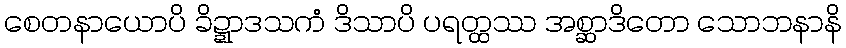
စေတနာယောပိ ခိဍ္ဍာဒသကံ ဒိသာပိ ပရတ္ထဿ အစ္ဆာဒိတော သောဘနာနိ